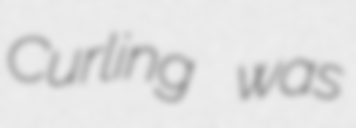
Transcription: Curling was